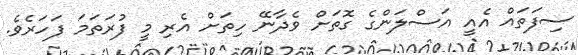
ސިފަތައް އެއީ އަސްލަންގެ ގޮތަށް ވެދާނޭ ހިތަށް އެރި މީ ފުރަތަމަ ފަހަރެވެ.